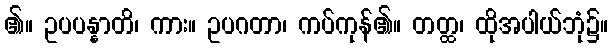
၏။ ဥပပန္နာတိ၊ ကား။ ဥပဂတာ၊ ကပ်ကုန်၏။ တတ္ထ၊ ထိုအပါယ်ဘုံ၌။